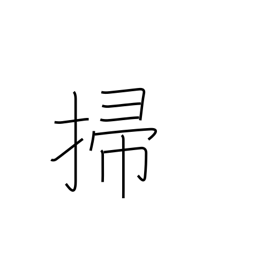
Meaning: sweep